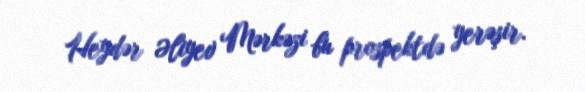
Heydər Əliyev Mərkəzi bu prospektdə yerəşir.